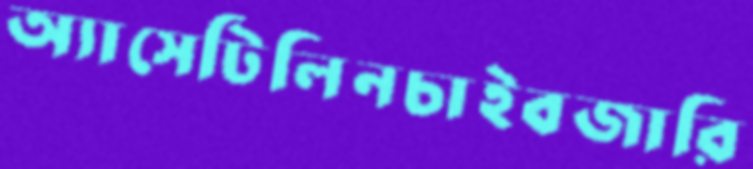
অ্যাসেটিলিনচাইবজারি